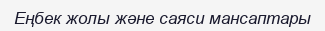
Еңбек жолы және саяси мансаптары